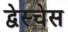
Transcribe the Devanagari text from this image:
द्वेस्चेस